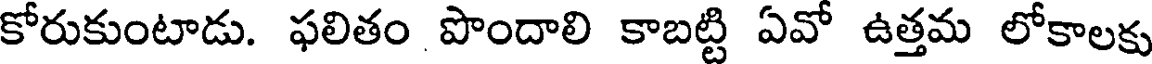
కోరుకుంటాడు. ఫలితం పొందాలి కాబట్టి ఏవో ఉత్తమ లోకాలకు